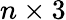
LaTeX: n\times 3